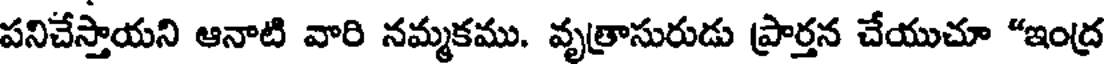
పనిచేస్తాయని ఆనాటి వారి నమ్మకము. వృత్రాసురుడు ప్రార్తన చేయుచూ "ఇంద్ర